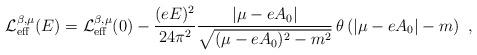
LaTeX: \begin{align*}{\cal L}^{\beta,\mu}_{\rm eff}(E) = {\cal L}^{\beta,\mu}_{\rm eff}(0)- \frac{(eE)^2}{24\pi^2} \frac{|\mu - eA_{0}|}{\sqrt{(\mu - eA_{0})^2 - m^2}} \,\theta \left( |\mu - eA_{0}| - m \right) \ ,\end{align*}